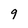
Character: 9